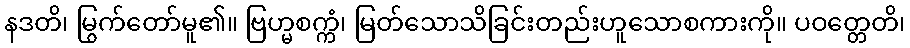
နဒတိ၊ မြွက်တော်မူ၏။ ဗြဟ္မစက္ကံ၊ မြတ်သောသိခြင်းတည်းဟူသောစကားကို။ ပဝတ္တေတိ၊